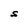
Character: S